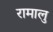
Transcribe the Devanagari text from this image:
रामालु